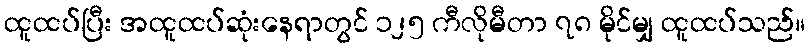
ထူထပ်ပြီး အထူထပ်ဆုံးနေရာတွင် ၁၂၅ ကီလိုမီတာ ၇၈ မိုင်မျှ ထူထပ်သည်။